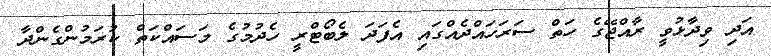
އަދި ވިދާޅުވީ ރާއްޖޭގެ ހަތް ސަރަހައްދެއްގައި އެފަދަ ލެބޯޓްރީ ހެދުމުގެ މަސައްކަތް ކުރަމުންގެންދާ